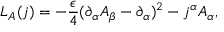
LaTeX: { \cal L } _ { A } ( j ) = - { \frac { \epsilon } { 4 } } ( \partial _ { \alpha } A _ { \beta } - \partial _ { \alpha } ) ^ { 2 } - j ^ { \alpha } A _ { \alpha } ,